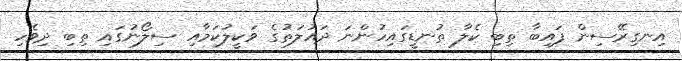
އިނގިރޭސިން ފައިބާ ތިބި ކެލާ ތުނޑީގައިހުންނަ ދައުލަތުގެ ވަކީލުކަމާއި ސިލޯނުގައި ތިބި ދިވެހި